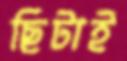
ছিটাই